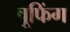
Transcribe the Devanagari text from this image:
वूफिंग